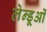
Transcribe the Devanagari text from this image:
लेन्डूओं